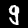
Digit: 9